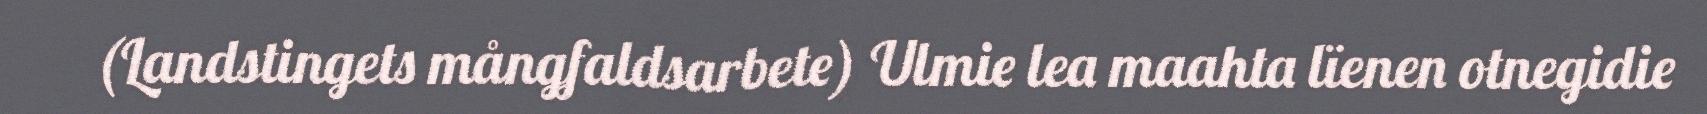
(Landstingets mångfaldsarbete) Ulmie lea maahta lïenen otnegidie